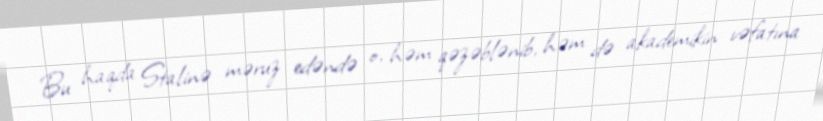
Bu haqda Stalinə məruz edəndə o, həm qəzəblənib, həm də akademikin vəfatına